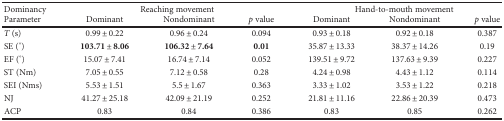
<table><thead><tr><td><b>Dominancy</b></td><td colspan="3"><b>Reaching movement</b></td><td colspan="3"><b>Hand-to-mouth movement</b></td></tr><tr><td><b>Parameter</b></td><td><b>Dominant</b></td><td><b>Nondominant</b></td><td><b><i>p</i> value</b></td><td><b>Dominant</b></td><td><b>Nondominant</b></td><td><b><i>p</i> value</b></td></tr></thead><tbody><tr><td><i>T</i> (s)</td><td>0.99 ± 0.22</td><td>0.96 ± 0.24</td><td>0.094</td><td>0.93 ± 0.18</td><td>0.92 ± 0.18</td><td>0.387</td></tr><tr><td>SE (°)</td><td><b>103.71</b> ± <b>8.06</b></td><td><b>106.32</b> ± <b>7.64</b></td><td><b>0.01</b></td><td>35.87 ± 13.33</td><td>38.37 ± 14.26</td><td>0.19</td></tr><tr><td>EF (°)</td><td>15.07 ± 7.41</td><td>16.74 ± 7.14</td><td>0.052</td><td>139.51 ± 9.72</td><td>137.63 ± 9.39</td><td>0.227</td></tr><tr><td>ST (Nm)</td><td>7.05 ± 0.55</td><td>7.12 ± 0.58</td><td>0.28</td><td>4.24 ± 0.98</td><td>4.43 ± 1.12</td><td>0.114</td></tr><tr><td>SEI (Nms)</td><td>5.53 ± 1.51</td><td>5.5 ± 1.67</td><td>0.363</td><td>3.33 ± 1.02</td><td>3.53 ± 1.22</td><td>0.218</td></tr><tr><td>NJ</td><td>41.27 ± 25.18</td><td>42.09 ± 21.19</td><td>0.252</td><td>21.81 ± 11.16</td><td>22.86 ± 20.39</td><td>0.473</td></tr><tr><td>ACP</td><td>0.83</td><td>0.84</td><td>0.386</td><td>0.83</td><td>0.85</td><td>0.262</td></tr></tbody></table>